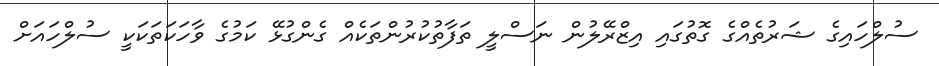
ސުލްހައިގެ ޝަރުތެއްގެ ގޮތުގައި އިޒްރޭލުން ނަސްލީ ތަފާތުކުރުންތަކެއް ގެންގުޅޭ ކަމުގެ ވާހަކަތަކަކީ ސުލްހައަށް